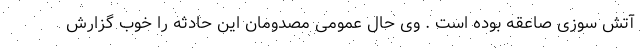
آتش سوزی صاعقه بوده است . وی حال عمومی مصدومان این حادثه را خوب گزارش